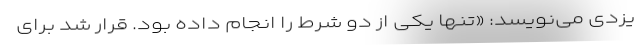
یزدی می‌نویسد: «تنها یکی از دو شرط را انجام داده بود. قرار شد برای